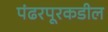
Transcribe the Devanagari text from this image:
पंढरपूरकडील